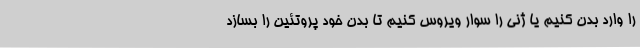
را وارد بدن کنیم یا ژنی را سوار ویروس کنیم تا بدن خود پروتئین را بسازد